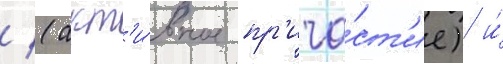
/ (акт'и́вное пр'ича́ст'ие) и́